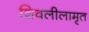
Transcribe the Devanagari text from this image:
शिवलीलामृत